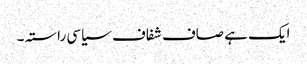
ایک ہے صاف شفاف سیاسی راستہ ۔